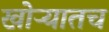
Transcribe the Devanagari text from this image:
खोऱ्यातच